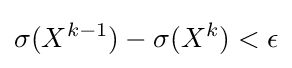
\sigma (X^{k-1})-\sigma (X^{k})<\epsilon